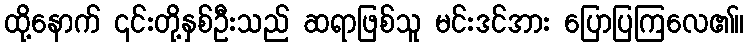
ထို့နောက် ၎င်းတို့နှစ်ဦးသည် ဆရာဖြစ်သူ မင်းဒင်အား ပြောပြကြလေ၏။